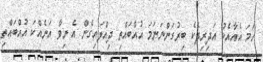
ހަމަ އެއާއެކު އަދިރިދެކެ ބިރުގަންނަނަމަ އުއްބައްތި ދިއްލައިގެން އެ ނިވާ އަނެއްކަ އުއްބައްތި